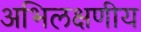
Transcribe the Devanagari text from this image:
अभिलक्षणीय